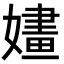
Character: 嫿